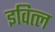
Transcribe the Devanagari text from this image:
इवित्ल